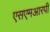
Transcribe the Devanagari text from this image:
एसएमआरपी